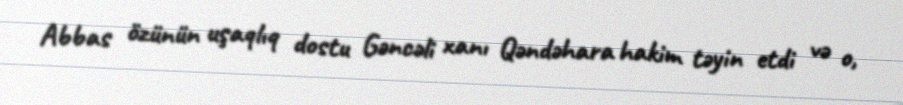
Abbas özünün uşaqlıq dostu Gəncəli xanı Qəndəhara hakim təyin etdi və o,